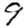
Digit: 9